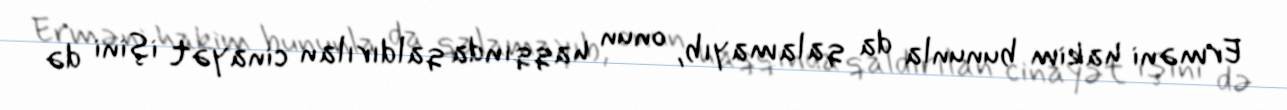
Erməni hakim bununla da qalamayıb, onun haqqında qaldırılan cinayət işini də